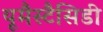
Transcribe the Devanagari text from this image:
यूमैस्टैसिडी